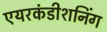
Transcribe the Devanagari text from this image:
एयरकंडीशनिंग